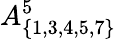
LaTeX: A_{\{ 1,3,4,5,7\} }^{5}